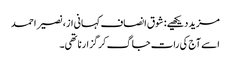
مزید دیکھیے: شوق انصاف کہانی از، نصیر احمد
اسے آج کی رات جاگ کر گزارنا تھی۔